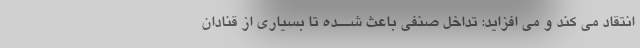
انتقاد مى کند و مى افزاید: تداخل صنفى باعث شــده تا بسیارى از قنادان